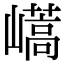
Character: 𡽝